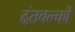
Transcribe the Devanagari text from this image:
दंतवल्कों